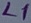
Text: L7